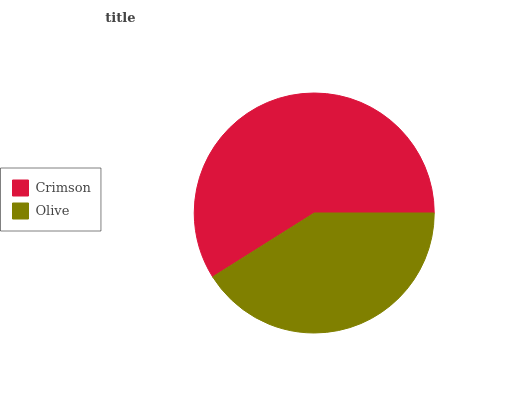
| Crimson | Olive |
 | --- | --- |
 | 58.9% | 41.1% |